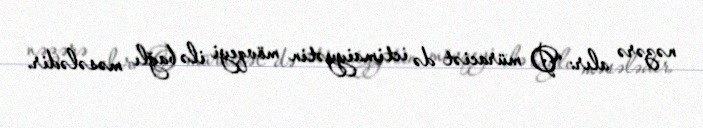
nəzərə alır: “O müraciət də ictimaiyyətin mövqeyi ilə bağlı məsələdir.